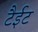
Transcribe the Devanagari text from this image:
टैईट